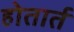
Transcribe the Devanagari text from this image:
होतार्त